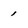
Character: 1